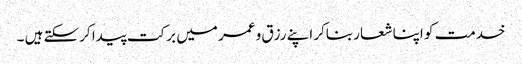
خدمت کو اپنا شعار بناکر اپنے رزق و عمر میں برکت پیدا کرسکتے ہیں ۔